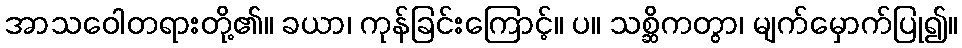
အာသဝေါတရားတို့၏။ ခယာ၊ ကုန်ခြင်းကြောင့်။ ပ။ သစ္ဆိကတွာ၊ မျက်မှောက်ပြု၍။